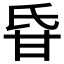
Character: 𤯁